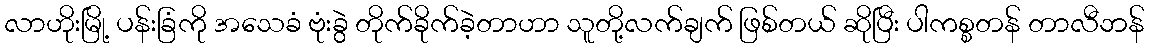
လာဟိုးမြို့ ပန်းခြံကို အသေခံ ဗုံးခွဲ တိုက်ခိုက်ခဲ့တာဟာ သူတို့လက်ချက် ဖြစ်တယ် ဆိုပြီး ပါကစ္စတန် တာလီဘန်